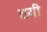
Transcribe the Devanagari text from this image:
ठयी